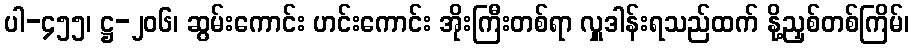
ပါ-၄၅၅၊ ဋ္ဌ-၂၀၆၊ ဆွမ်းကောင်း ဟင်းကောင်း အိုးကြီးတစ်ရာ လှူဒါန်းရသည်ထက် နို့ညှစ်တစ်ကြိမ်၊